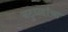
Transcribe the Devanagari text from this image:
बटुग्रहांचा